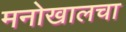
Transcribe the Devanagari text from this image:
मनोखालचा